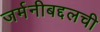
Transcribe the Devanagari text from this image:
जर्मनीबद्दलची